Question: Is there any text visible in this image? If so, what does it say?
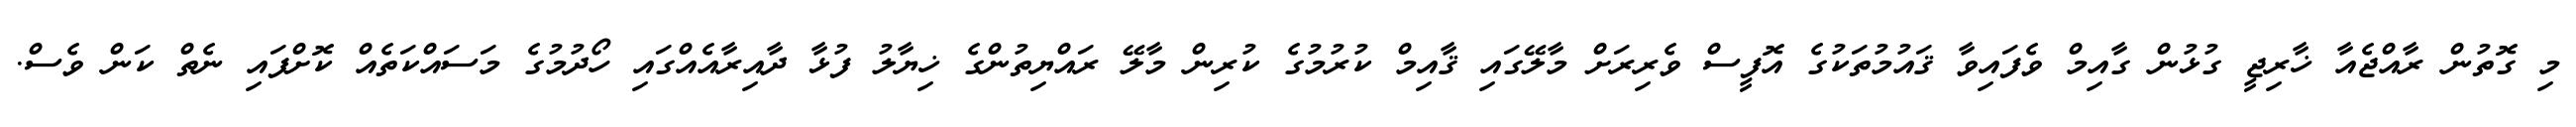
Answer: މި ގޮތުން ރާއްޖެއާ ޚާރިޖީ ގުޅުން ގާއިމް ވެފައިވާ ޤައުމުތަކުގެ އޮފީސް ވެރިރަށް މާލޭގައި ޤާއިމް ކުރުމުގެ ކުރިން މާލޭ ރައްޔިތުންގެ ޚިޔާލު ފުޅާ ދާއިރާއެއްގައި ހޯދުމުގެ މަސައްކަތެއް ކޮށްފައި ނެތް ކަން ވެސް.